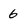
Character: 6